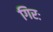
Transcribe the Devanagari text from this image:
गिरः